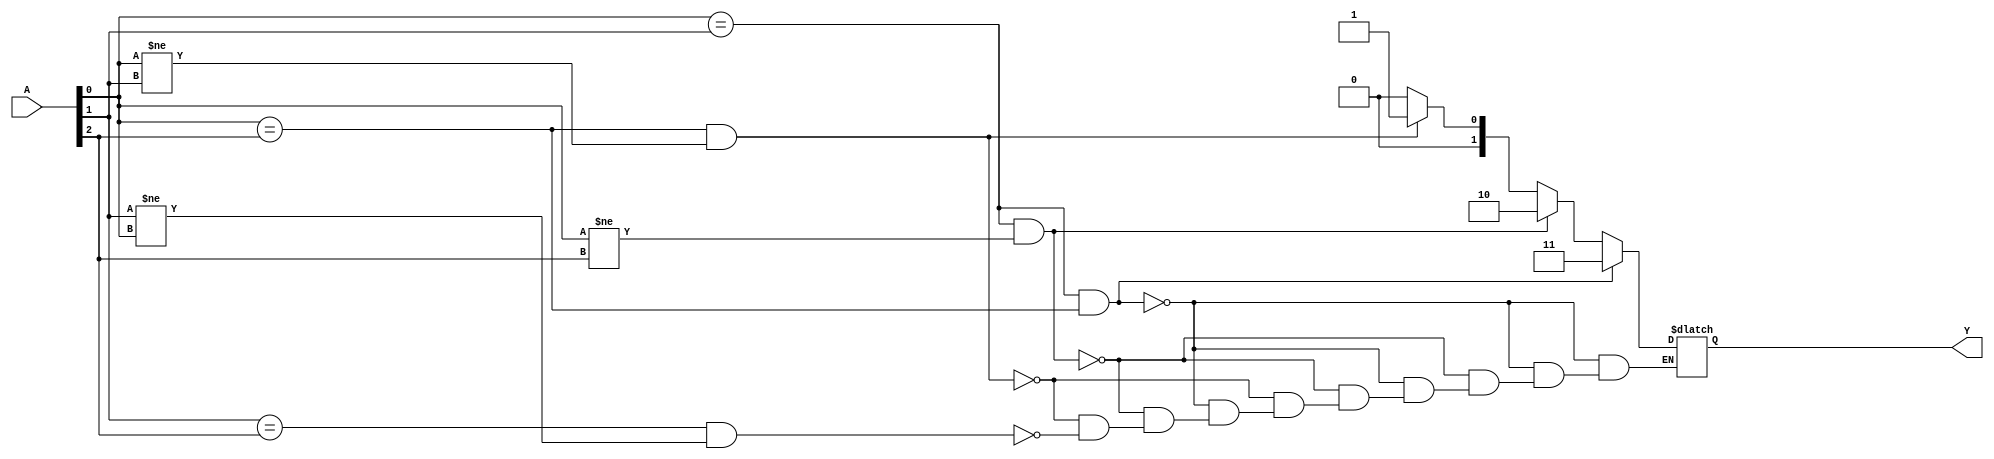
module problem1_19101196(A, Y);
	
	input [2:0] A;
	output reg [1:0] Y;
	
	always @(A)
	begin
		if ((A[0] == A[1]) && (A[0] == A[2]))
			Y = 3;
		else if ((A[0] == A[1]) && (A[0] != A[2]))
			Y = 2;
		else if ((A[0] == A[2]) && (A[0] != A[1]))
			Y = 1;
		else if ((A[1] == A[2]) && (A[1] != A[0]))
			Y = 0;
	end
endmodule